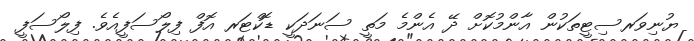
ޔުނިވަރސިޓީތަކުން އާންމުކޮށް ދޭ އެންމެ މަތީ ސަނަދަކީ ޑޮކްޓަރ އޮފް ފިލޯސަފީއެވެ. ފިލޯސަފީ